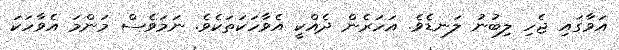
އަވާގައި ޖެހި ލިބުނު ލަނޑެވެ. އަހަރެން ދެއްކީ އެވާހަކަތަކެވެ. ނަމަވެސް މަންމަ އެވާހަކަ